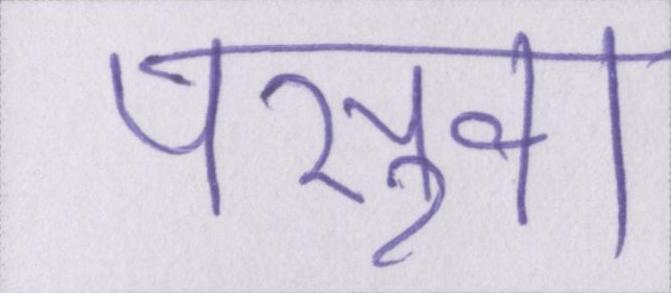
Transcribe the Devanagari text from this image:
पसुवा